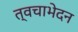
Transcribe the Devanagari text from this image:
त्वचाभेदन